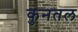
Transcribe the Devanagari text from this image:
कुनतल